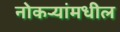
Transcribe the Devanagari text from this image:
नोकऱ्यांमधील